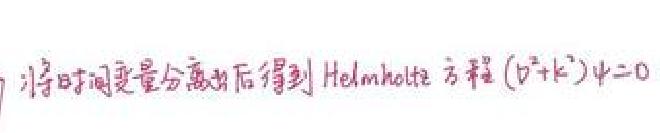
将时间变量分离出后得到 Helmholtz 方程 $(\nabla^{2}+k^{2})\psi = 0$